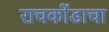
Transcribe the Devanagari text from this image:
राचकोंडाचा